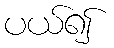
ပယ်၍